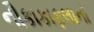
નૌકાકાફલાનો